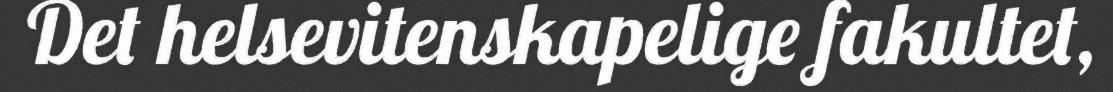
Det helsevitenskapelige fakultet,